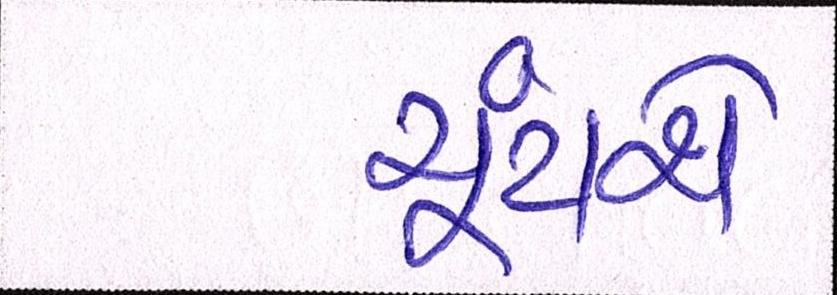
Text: ચૂંટાશે